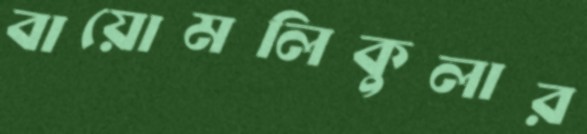
বায়োমলিকুলার